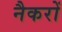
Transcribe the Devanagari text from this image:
नैकरों